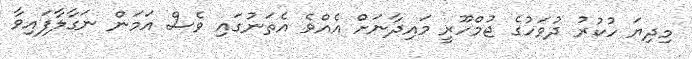
މިދިޔަ ހުކުރު ދުވަހުގެ ޖުމްހޫރީ މައިދާނަށް އެއްވެ އެތަނުގައި ވެސް އަމަން ނަގާލާފައިވާ